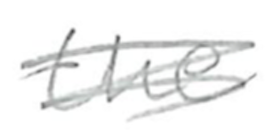
Text: the
Cross-out: scratch
Writing tool: pencil